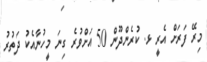
މިރޭ ފަރަށް އެރީ ޅ. ކުރެންދޫން 50 އަށްވުރެ ގިނަ މީހުނާއެކު ދަތުރު